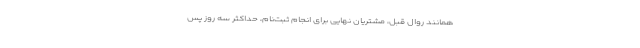
همانند روال قبل، مشتریان نهایی برای انجام ثبت‌نام، حداکثر سه روز پس